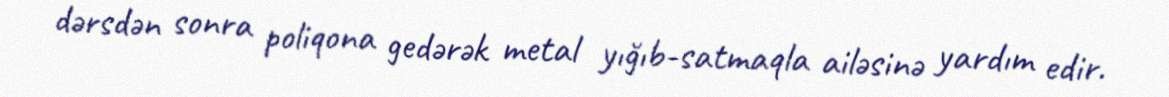
dərsdən sonra poliqona gedərək metal yığıb-satmaqla ailəsinə yardım edir.